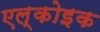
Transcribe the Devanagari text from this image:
एल्कोइक